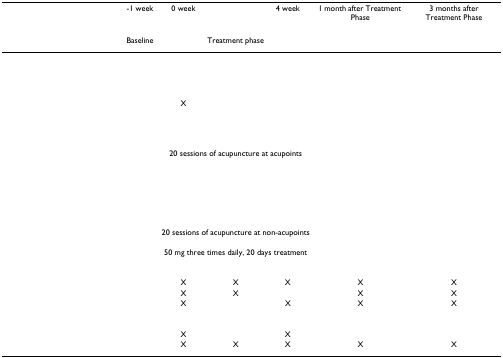
<table><thead><tr><td>[EMPTY_CELL]</td><td><b>-1 week</b></td><td><b>0 week</b></td><td>[EMPTY_CELL]</td><td><b>4 week</b></td><td><b>1 month after Treatment Phase</b></td><td><b>3 months after Treatment Phase</b></td></tr><tr><td>[EMPTY_CELL]</td><td><b>Baseline</b></td><td colspan="3"><b>Treatment phase</b></td><td colspan="2">[EMPTY_CELL]</td></tr></thead><tbody><tr><td>[EMPTY_CELL]</td><td>[EMPTY_CELL]</td><td>[EMPTY_CELL]</td><td>[EMPTY_CELL]</td><td>[EMPTY_CELL]</td><td>[EMPTY_CELL]</td><td>[EMPTY_CELL]</td></tr><tr><td>[EMPTY_CELL]</td><td>[EMPTY_CELL]</td><td>[EMPTY_CELL]</td><td>[EMPTY_CELL]</td><td>[EMPTY_CELL]</td><td>[EMPTY_CELL]</td><td>[EMPTY_CELL]</td></tr><tr><td>[EMPTY_CELL]</td><td>[EMPTY_CELL]</td><td>[EMPTY_CELL]</td><td>[EMPTY_CELL]</td><td>[EMPTY_CELL]</td><td>[EMPTY_CELL]</td><td>[EMPTY_CELL]</td></tr><tr><td>[EMPTY_CELL]</td><td>[EMPTY_CELL]</td><td>[EMPTY_CELL]</td><td>[EMPTY_CELL]</td><td>[EMPTY_CELL]</td><td>[EMPTY_CELL]</td><td>[EMPTY_CELL]</td></tr><tr><td>[EMPTY_CELL]</td><td>[EMPTY_CELL]</td><td>X</td><td>[EMPTY_CELL]</td><td>[EMPTY_CELL]</td><td>[EMPTY_CELL]</td><td>[EMPTY_CELL]</td></tr><tr><td>[EMPTY_CELL]</td><td>[EMPTY_CELL]</td><td>[EMPTY_CELL]</td><td>[EMPTY_CELL]</td><td>[EMPTY_CELL]</td><td>[EMPTY_CELL]</td><td>[EMPTY_CELL]</td></tr><tr><td>[EMPTY_CELL]</td><td>[EMPTY_CELL]</td><td>[EMPTY_CELL]</td><td>[EMPTY_CELL]</td><td>[EMPTY_CELL]</td><td>[EMPTY_CELL]</td><td>[EMPTY_CELL]</td></tr><tr><td>[EMPTY_CELL]</td><td>[EMPTY_CELL]</td><td colspan="3">20 sessions of acupuncture at acupoints</td><td>[EMPTY_CELL]</td><td>[EMPTY_CELL]</td></tr><tr><td>[EMPTY_CELL]</td><td>[EMPTY_CELL]</td><td>[EMPTY_CELL]</td><td>[EMPTY_CELL]</td><td>[EMPTY_CELL]</td><td>[EMPTY_CELL]</td><td>[EMPTY_CELL]</td></tr><tr><td>[EMPTY_CELL]</td><td>[EMPTY_CELL]</td><td>[EMPTY_CELL]</td><td>[EMPTY_CELL]</td><td>[EMPTY_CELL]</td><td>[EMPTY_CELL]</td><td>[EMPTY_CELL]</td></tr><tr><td>[EMPTY_CELL]</td><td>[EMPTY_CELL]</td><td>[EMPTY_CELL]</td><td>[EMPTY_CELL]</td><td>[EMPTY_CELL]</td><td>[EMPTY_CELL]</td><td>[EMPTY_CELL]</td></tr><tr><td>[EMPTY_CELL]</td><td>[EMPTY_CELL]</td><td colspan="3">20 sessions of acupuncture at non-acupoints</td><td>[EMPTY_CELL]</td><td>[EMPTY_CELL]</td></tr><tr><td>[EMPTY_CELL]</td><td>[EMPTY_CELL]</td><td colspan="3">50 mg three times daily, 20 days treatment</td><td>[EMPTY_CELL]</td><td>[EMPTY_CELL]</td></tr><tr><td>[EMPTY_CELL]</td><td>[EMPTY_CELL]</td><td>[EMPTY_CELL]</td><td>[EMPTY_CELL]</td><td>[EMPTY_CELL]</td><td>[EMPTY_CELL]</td><td>[EMPTY_CELL]</td></tr><tr><td>[EMPTY_CELL]</td><td>[EMPTY_CELL]</td><td>X</td><td>X</td><td>X</td><td>X</td><td>X</td></tr><tr><td>[EMPTY_CELL]</td><td>[EMPTY_CELL]</td><td>X</td><td>X</td><td>[EMPTY_CELL]</td><td>X</td><td>X</td></tr><tr><td>[EMPTY_CELL]</td><td>[EMPTY_CELL]</td><td>X</td><td>[EMPTY_CELL]</td><td>X</td><td>X</td><td>X</td></tr><tr><td>[EMPTY_CELL]</td><td>[EMPTY_CELL]</td><td>[EMPTY_CELL]</td><td>[EMPTY_CELL]</td><td>[EMPTY_CELL]</td><td>[EMPTY_CELL]</td><td>[EMPTY_CELL]</td></tr><tr><td>[EMPTY_CELL]</td><td>[EMPTY_CELL]</td><td>X</td><td>[EMPTY_CELL]</td><td>X</td><td>[EMPTY_CELL]</td><td>[EMPTY_CELL]</td></tr><tr><td>[EMPTY_CELL]</td><td>[EMPTY_CELL]</td><td>X</td><td>X</td><td>X</td><td>X</td><td>X</td></tr></tbody></table>